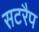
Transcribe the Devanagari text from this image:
सटरैप